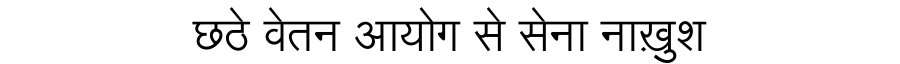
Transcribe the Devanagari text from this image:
छठे वेतन आयोग से सेना नाख़ुश